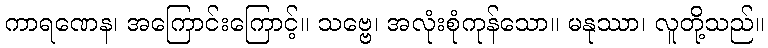
ကာရဏေန၊ အကြောင်းကြောင့်။ သဗ္ဗေ၊ အလုံးစုံကုန်သော။ မနုဿာ၊ လူတို့သည်။